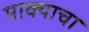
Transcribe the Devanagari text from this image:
माक्याचा